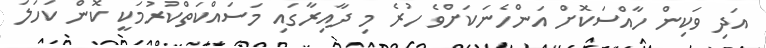
އަދި ވަކިން ހާއްސަކޮށް އަންހެނަކަށްވެ ހުރެ މި ދާއިރާގައި މަސައްކަތްކުރުމަކީ ކޮން ކަހަލަ